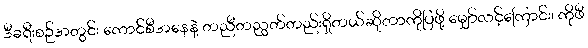
ဒီခရီးစဉ်အတွင်း ကောင်စီအနေနဲ့ တညီတညွတ်တည်းရှိတယ်ဆိုတာကိုပြဖို့ မျှော်လင့်ကြောင်း၊ ကိုဖီ